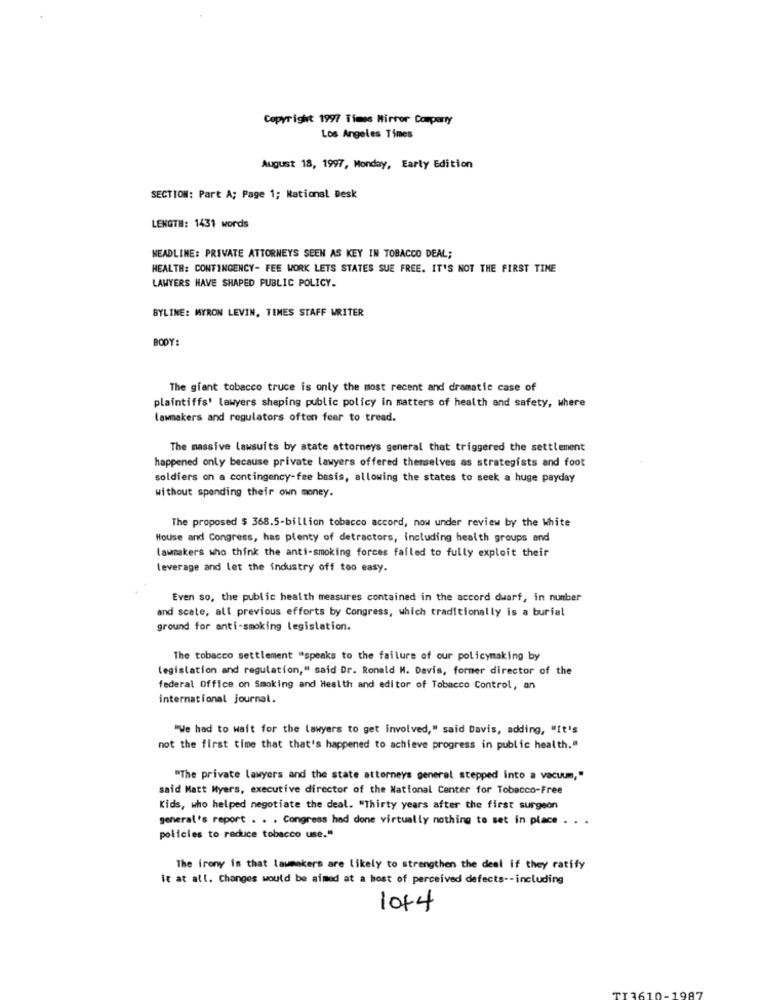
Copyright 1997 Times Mirvor Comparty
Los Angeles Times
August 18, 1997, Monday, Early Edition
SECTION: Part A; Page 1; National Desk
LENGTH: 1431 words
HEADLINE: PRIVATE ATTORNEYS SEEN AS KEY IN TOBACCO DEAL;
HEALTH: CONTINGENCY- FEE WORK LETS STATES SUE FREE. IT'S NOT THE FIRST TINE
LAWYERS HAVE SHAPED PUBLIC POLICY.
BYLINE: MYRON LEVIN, TIMES STAFF WRITER
BODY:
The giant tobacco truce is only the most recent and dramatic case of
plaintiffs' lawyers shaping public policy in matters of health and safety, where
lawmakers and regulators often fear to tread.
The massive lawsuits by state attorneys general that triggered the settlement
happened only because private lawyers offered themselves as strategists and foot
soldiers on a contingency-fee basis, allowing the states to seek a huge payday
without spending their own money.
The proposed $ 368.5-billion tobacco accord, now under review by the White
House and Congress, has plenty of detractors, including health groups and
lawmakers who think the anti-smoking forces failed to fully exploit their
leverage and let the industry off too easy.
Even so, the public health measures contained in the accord dwarf, in number
and scale, all previous efforts by Congress, which traditionally is a burial
ground for anti-smoking legislation.
The tobacco settlement "speaks to the failure of our policymaking by
legislation and regulation," said Dr. Ronald H. Davis, former director of the
federal Office on Smoking and Health and editor of Tobacco Control, an
international journal.
"We had to wait for the lawyers to get involved," said Davis, adding, "It's
not the first time that that's happened to achieve progress in public health."
"The private lawyers and the state attorneys general stepped into a vacuum,"
said Matt Myers, executive director of the National Center for Tobacco-Free
Kids, who helped negotiate the deal. "Thirty years after the first surgeon
general's report . . . Congress had done virtually nothing to set in place . . .
policies to reduce tobacco use."
The irony is that lawmakers are likely to strengthen the deal if they ratify
it at all. Changes would be aimed at a host of perceived defects -- including
10+4
198